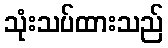
သုံးသပ်ထားသည်